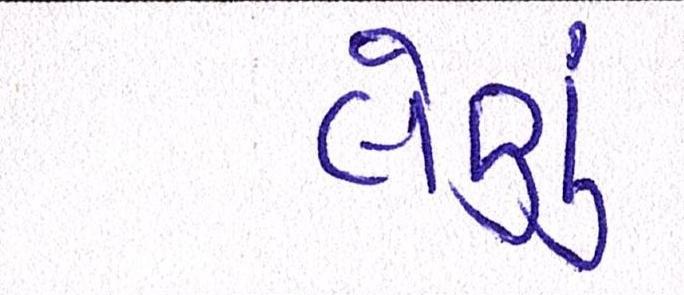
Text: લેણું